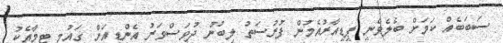
ސަބަބެއް ކަމަށް ބެލެވެނީ ޕީޑީއާރުއެމުން ފުރުސަތު ލިބުނު ދުވަސްވަރު އެންޑީއަށް ގައުމީ ޓީމާއެކު